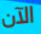
الآن